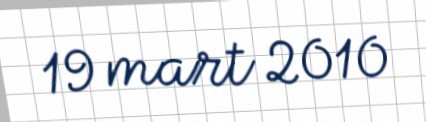
19 mart 2010